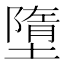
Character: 墮